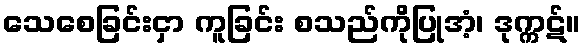
သေစေခြင်းငှာ ကူခြင်း စသည်ကိုပြုအံ့၊ ဒုက္ကဋ်။